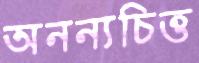
অনন্যচিত্ত